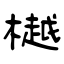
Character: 樾